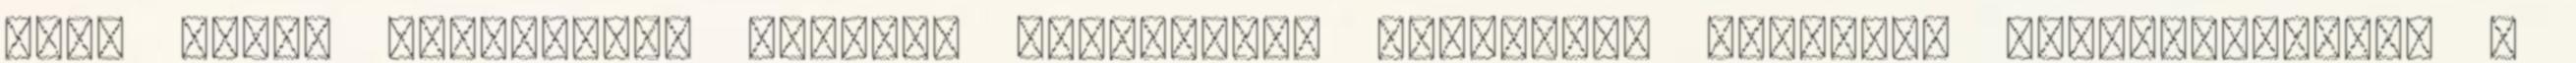
Liga által szervezet. Szoros, fordulatos mérkőzést játszott Balatonfüreden a